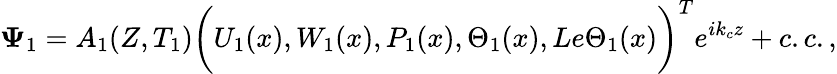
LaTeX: \mathbf{\Psi}_{1}=A_{1}(Z,T_{1})\bigg(U_{1}(x),W_{1}(x),P_{1}(x),\Theta_{1}(x),Le\Theta_{1}(x)\bigg)^{T}e^{ik_{c}z}+c.c.,